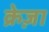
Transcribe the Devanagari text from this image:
क्रेज़ा